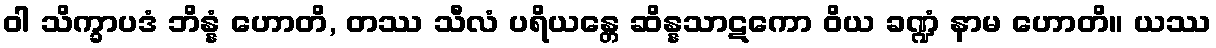
ဝါ သိက္ခာပဒံ ဘိန္နံ ဟောတိ, တဿ သီလံ ပရိယန္တေ ဆိန္နသာဋကော ဝိယ ခဏ္ဍံ နာမ ဟောတိ။ ယဿ